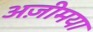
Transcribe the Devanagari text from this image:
अज़ीमया